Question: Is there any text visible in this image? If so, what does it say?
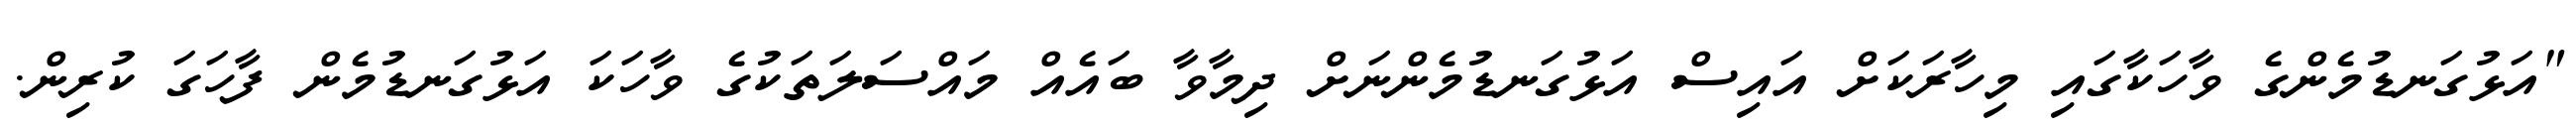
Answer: "އަޅުގަނޑުމެންގެ ވާހަކާގައި މިހާރަކަށް އައިސް އަޅުގަނޑުމެންނަށް ދިމާވާ ބައެއް މައްސަލަތަކުގެ ވާހަކަ އަޅުގަނޑުމެން ފާހަގަ ކުރިން.